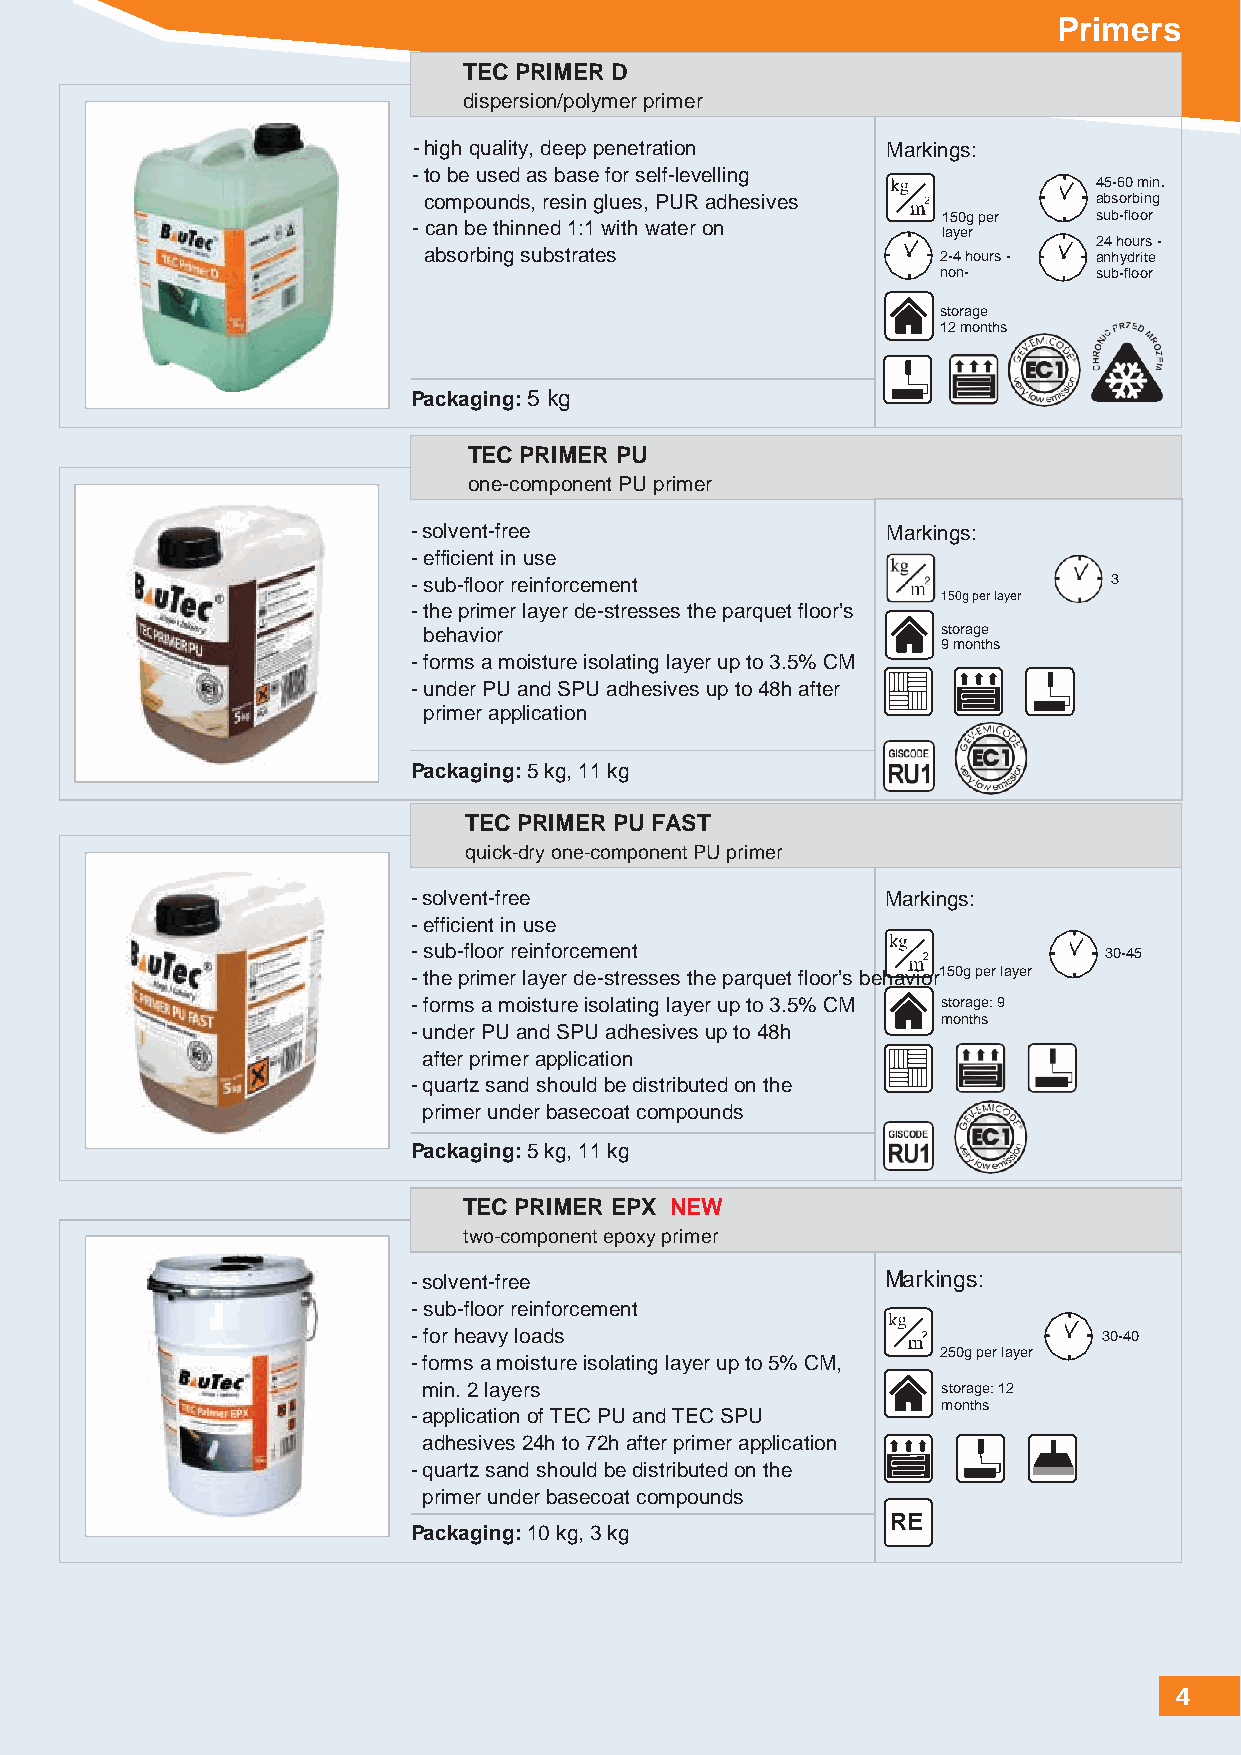
Primers
 TEC PRIMER D
 dispersion/polymer primer
 - high quality, deep penetration Markings:
 -to be used as base for self-levelling
 45-60 min.
 compounds, resin glues, PUR adhesives        absorbing
 150g per   sub-floor
 -can be thinned 1:1 with water on  layer
 24 hours -
 absorbing substrates              2-4 hours - anhydrite
 non-       sub-floor
 storage
 12 months
 Packaging: 5 kg
 TEC PRIMER PU
 one-component PU primer
 - solvent-free                  Markings:
 -efficient in use
 -sub-floor reinforcement                       3
 150g per layer
 -the primer layer de-stresses the parquet floor’s
 behavior                          storage
 9 months
 -forms a moisture isolating layer up to 3.5% CM
 -under PU and SPU adhesives up to 48h after
 primer application
 Packaging: 5 kg, 11 kg
 TEC PRIMER PU FAST
 quick-dry one-component PU primer
 - solvent-free                  Markings:
 -efficient in use
 -sub-floor reinforcement                      30-45
 -the primer layer de-stresses the parquet floor’s behavior1 50g per layer
 -forms a moisture isolating layer up to 3.5% CM storage: 9
 months
 -under PU and SPU adhesives up to 48h
 after primer application
 -quartz sand should be distributed on the
 primer under basecoat compounds
 Packaging: 5 kg, 11 kg
 TEC PRIMER EPX NEW
 two-component epoxy primer
 - solvent-free                  Markings:
 -sub-floor reinforcement
 -for heavy loads                              30-40
 250g per layer
 -forms a moisture isolating layer up to 5% CM,
 min. 2 layers                     storage: 12
 months
 -application of TEC PU and TEC SPU
 adhesives 24h to 72h after primer application
 -quartz sand should be distributed on the
 primer under basecoat compounds
 RE
 Packaging: 10 kg, 3 kg
 4